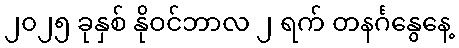
၂၀၂၅ ခုနှစ် နိုဝင်ဘာလ ၂ ရက် တနင်္ဂနွေနေ့